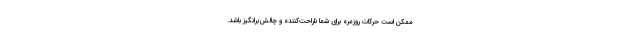
ممکن است حرکات روزمره برای شما ناراحت‌کننده و چالش‌برانگیز باشد.